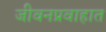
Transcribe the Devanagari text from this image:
जीवनप्रवाहात